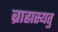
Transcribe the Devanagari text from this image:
ब्राह्मस्यतु